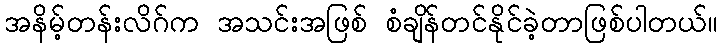
အနိမ့်တန်းလိဂ်က အသင်းအဖြစ် စံချိန်တင်နိုင်ခဲ့တာဖြစ်ပါတယ်။